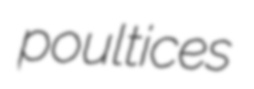
poultices